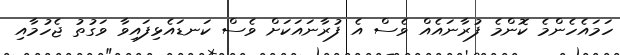
ހަމައެހެންމެ ކޮންމެ ފުރާނައެއް ވެސް އެ ފުރާނައަކަށް ވެސް ކަނޑައެޅިފައިވާ ވަގުތު ޖެހުމާއި